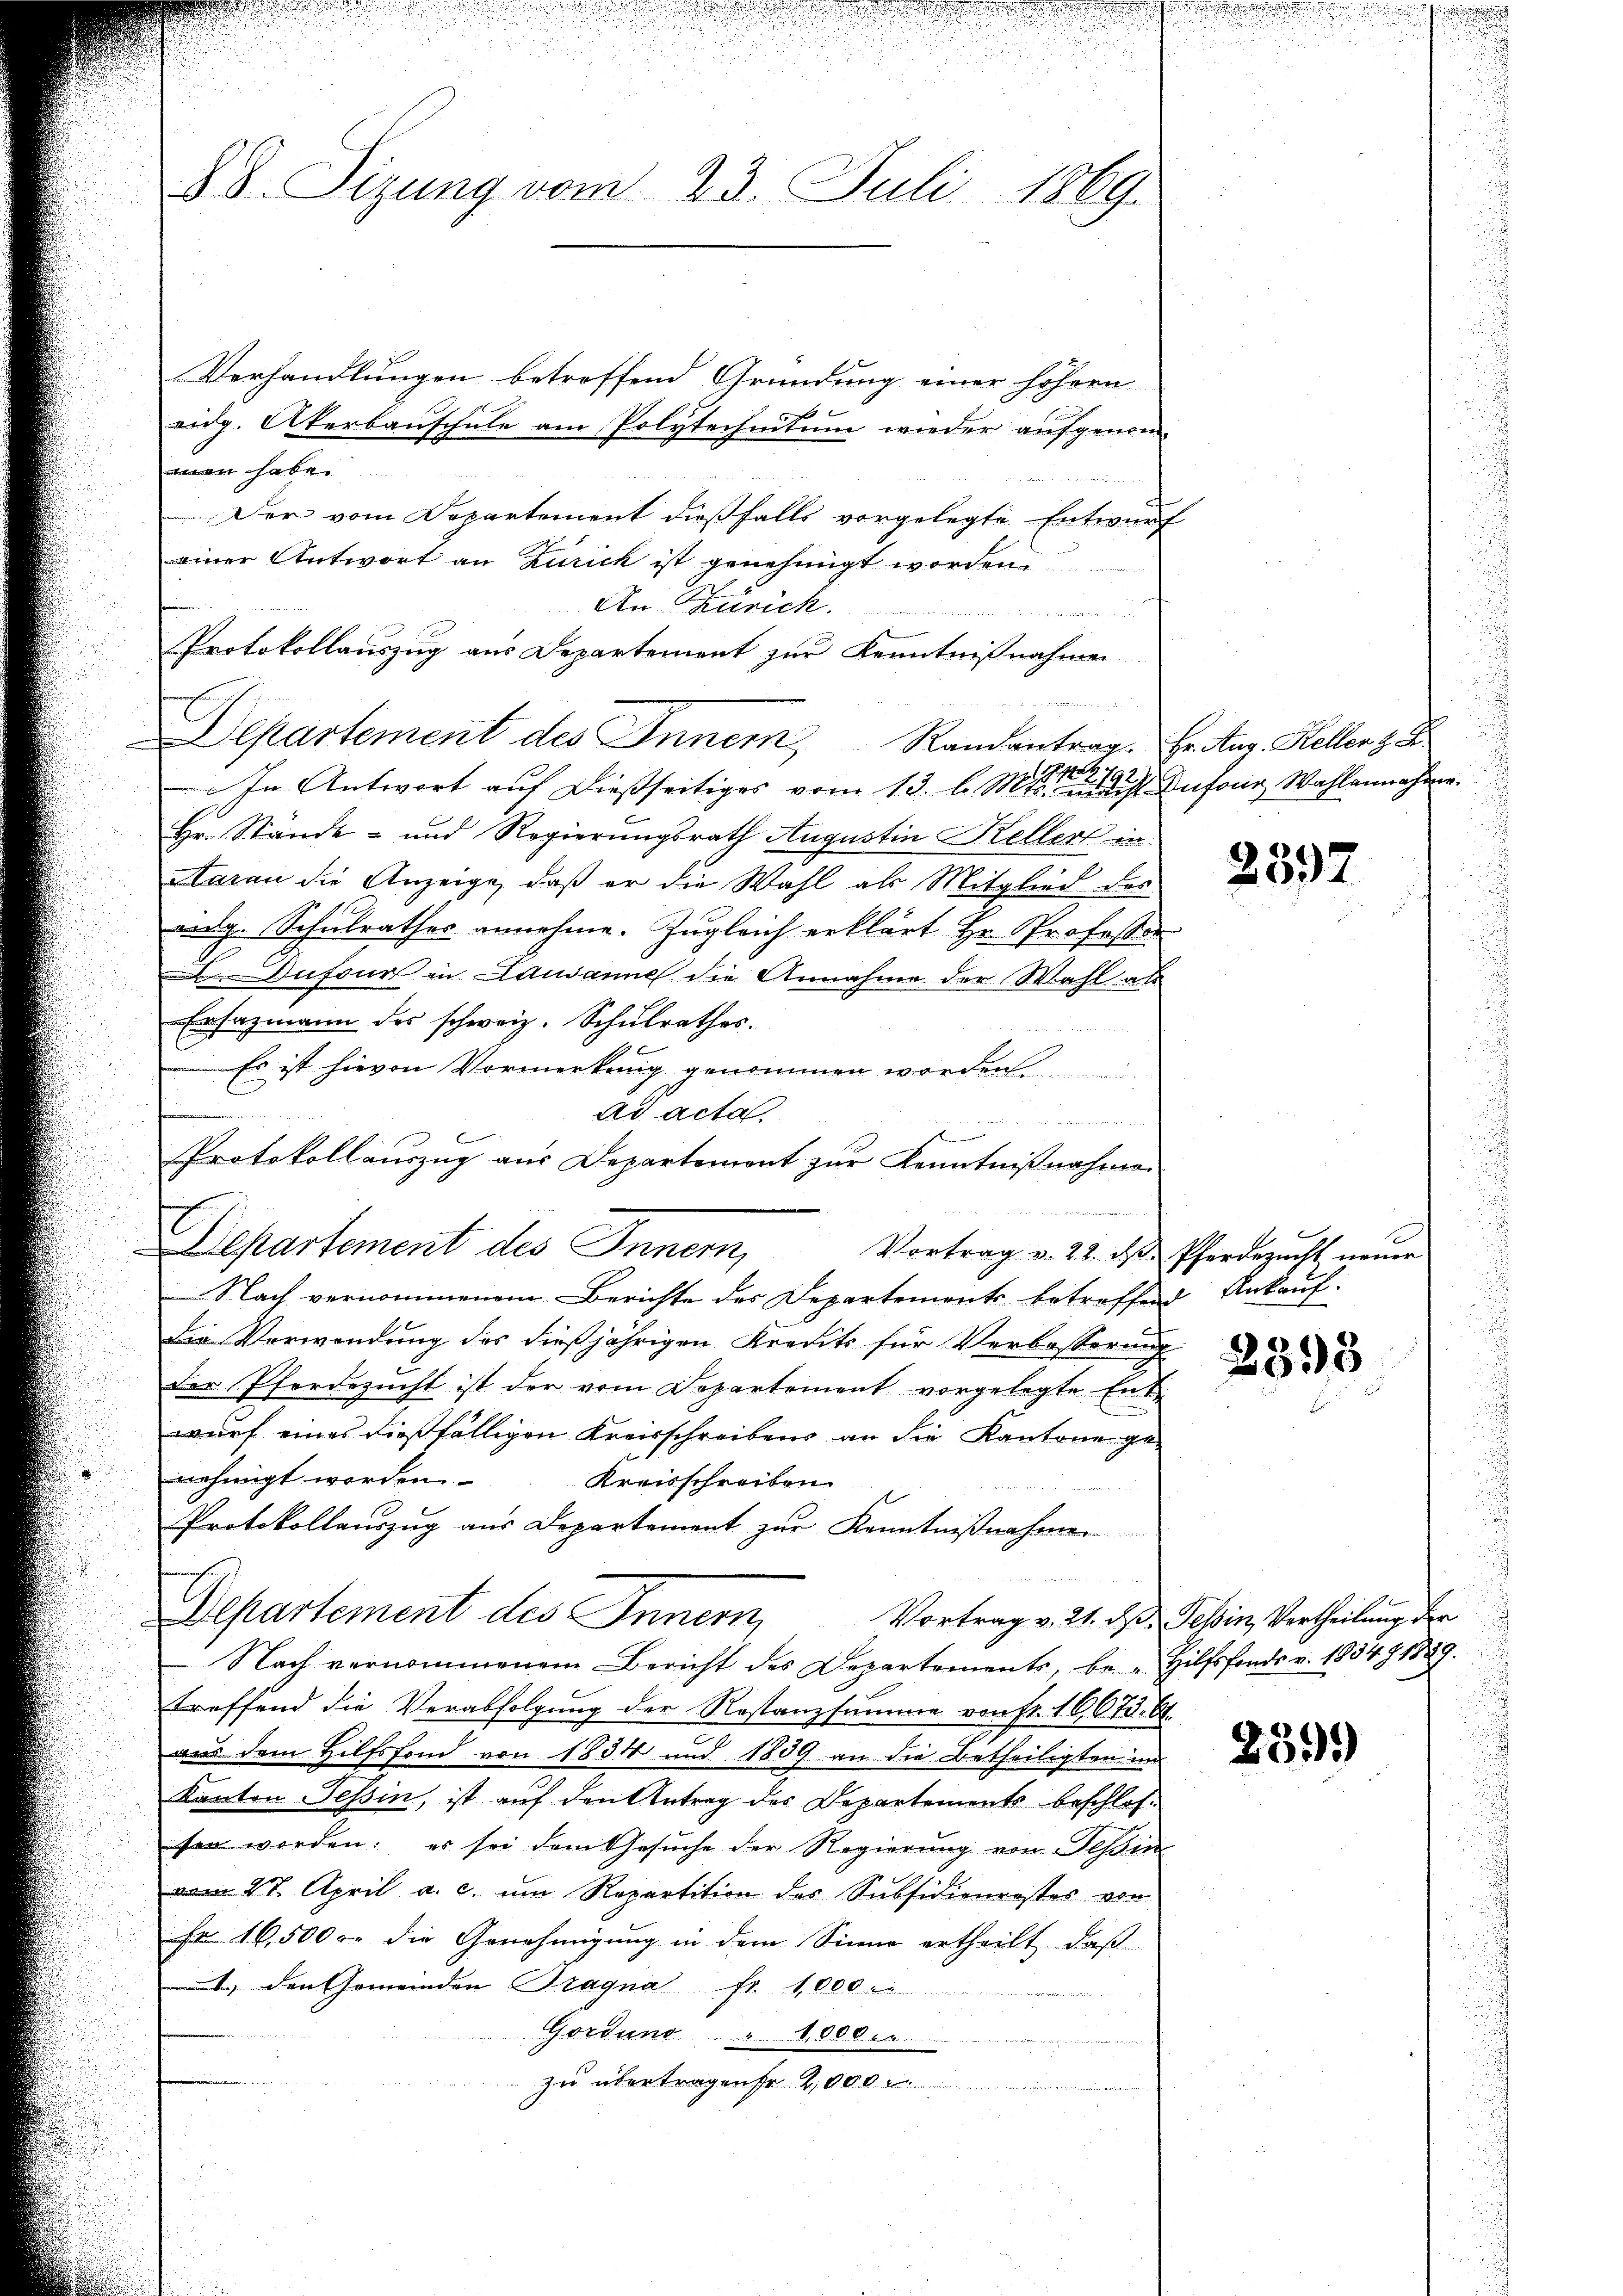
88. Sizung vom 23. Juli 1869.

Verhandlungen betreffend Gründung einer höhern
eidg. Akerbauschule am Polytechnitum wieder aufgenom-
men habe.
Der vom Departement dießfalls vorgelegte Entwurf
einer Antwort an Zurick ist genehmigt worden
An Zürich.
u
Protokollauszug aus Departement zur Kenntnißnahmen
x
In Antwort auf dießseitiges vom 13. l. Mts. nicht Anfang Wahlannahme.
Hr. Stände- und Regierungsrath Augustin Kellers in
aran die Anzeige, daß er die Wahl als Mitglied des
adg. Schulrathes annehme. Zugleich erklärt Hr. Professor
Dufour in Lausanne die Annahme der Wahl als
Ersazmann des schweiz. Schŭlrathes.
Es ist hievon Vormerkung genommen worden wi
ad acta.
 e seinen
Protokollauszug aus Departement zur Kenntnißnahme
e
Departement des Innern,
Vortrag v. 22. ds Pferdezucht neuer
Nach vernommenem Berichte des Departements betreffend Ankauf-
 Verwendung des dießjährigen Kredit für Verbesserung
der Pferdezucht ist der vom Departement vorgelegte Entwurf eines dießfälligen Kreisschreibens an die Kantone ge-
nehmigt worden.
Kreisschreiben.
Protokollauszug aus Departement zur Kenntnißnahmen

Departement des Innern,
 Nach vernommenem Bericht des Departements, be- Hilfsfonds v. 1834 § 1829.
treffend die Verabfolgung der Rostanzsumme von fr. 16075. 6.
aus dem Hilfsfond von 1854 und 1839 an die Betheiligten in
kanton Tessin, ist auf den Antrag des Departements beschlossen worden: es sei dem Gesuche der Regierung von Tessin
vom 27. April a. c. um Repartition des Subsidienrestes von
Fr. 16,5000. die Genehmigung in dem Sinne ertheilt, daß
t) den Gemeinden Bragna Fr. 41,000
Gordung " 1000.r.
zu übertragen fr. 2,000

Departement des Inner, Randantrag Fr. Aug. Kellen z. B

2792.

2397

2398

Vortrag v. 21. ds. Tessin, Vertheilung der

n
.

239)